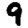
Digit: 9